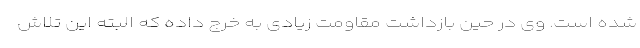
شده است. وی در حین بازداشت مقاومت زیادی به خرج داده که البته این تلاش